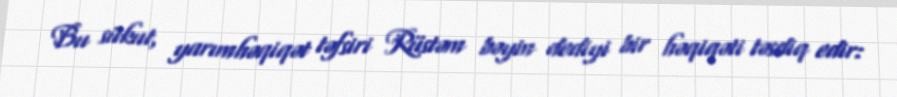
Bu sükut, yarımhəqiqət təfsiri Rüstəm bəyin dediyi bir həqiqəti təsdiq edir: